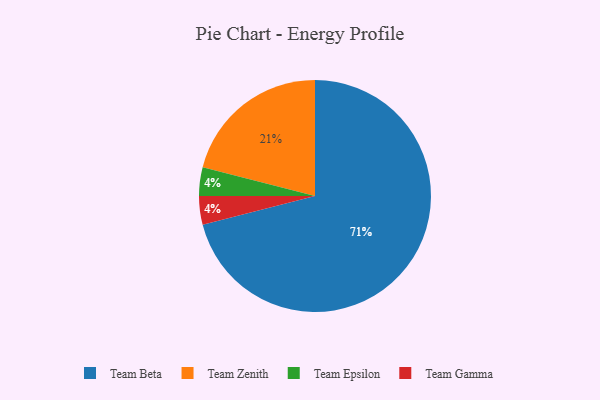
{"axis": {"x": "Category", "y": "Percentage"}, "legend": ["Team Beta", "Team Epsilon", "Team Gamma", "Team Zenith"], "data": [{"x": "Team Epsilon", "y": 4, "type": "Team Epsilon"}, {"x": "Team Beta", "y": 71, "type": "Team Beta"}, {"x": "Team Zenith", "y": 21, "type": "Team Zenith"}, {"x": "Team Gamma", "y": 4, "type": "Team Gamma"}]}